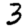
Digit: 3